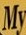
My